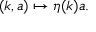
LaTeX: ( k , a ) \mapsto \eta ( k ) a .